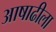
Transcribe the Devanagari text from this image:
आषाढीला